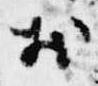
於